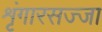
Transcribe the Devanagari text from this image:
शृंगारसज्जा